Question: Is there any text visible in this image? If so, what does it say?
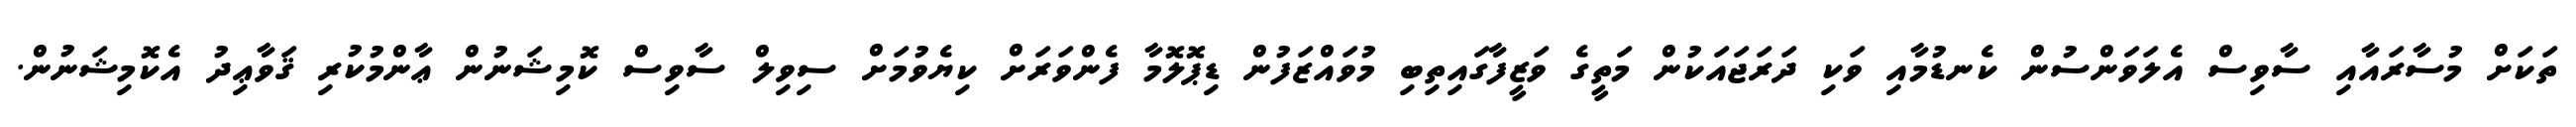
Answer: ތަކަށް މުސާރައާއި ސާވިސް އެލަވަންސުން ކެނޑުމާއި ވަކި ދަރަޖައަކުން މަތީގެ ވަޒީފާގައިތިބި މުވައްޒަފުން ޑިޕޮލޮމާ ފެންވަރަށް ކިޔެވުމަށް ސިވިލް ސާވިސް ކޮމިޝަނުން ޢާންމުކުރި ޤަވާޢިދު އެކޮމިޝަނުން.